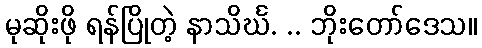
မုဆိုးဖို ရန်ပြိုတဲ့ နာသိင်္ဃ. .. ဘိုးတော်ဒေသ။